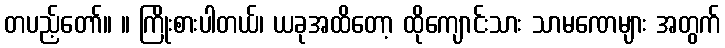
တပည့်တော်။ ။ ကြိုးစားပါတယ်၊ ယခုအထိတော့ ထိုကျောင်းသား သာမဏေများ အတွက်